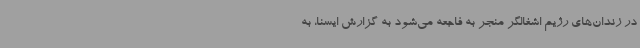
در زندان‌های رژیم اشغالگر منجر به فاجعه می‌شود به گزارش ایسنا، به